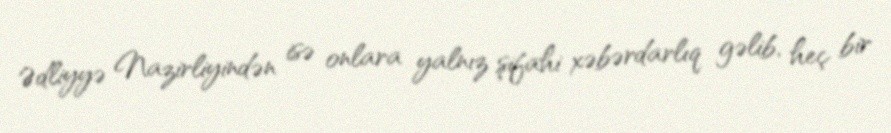
Ədliyyə Nazirliyindən isə onlara yalnız şifahi xəbərdarlıq gəlib, heç bir